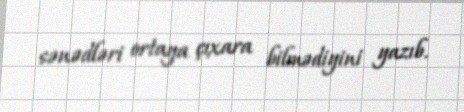
sənədləri ortaya çıxara bilmədiyini yazıb.